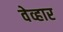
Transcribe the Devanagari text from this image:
वेव्हार